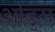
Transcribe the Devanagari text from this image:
ओडुम